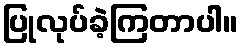
ပြုလုပ်ခဲ့ကြတာပါ။